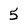
Character: 5